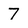
Character: 7